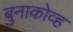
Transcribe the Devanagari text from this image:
बुनाकोव्ह